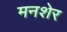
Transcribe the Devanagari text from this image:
मनशेर